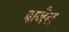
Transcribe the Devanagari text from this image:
पाजेल